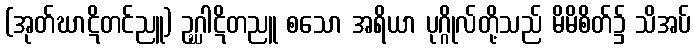
(အုတ်ဃာဋိတင်ညူ) ဥဂ္ဃါဋိတညူ စသော အရိယာ ပုဂ္ဂိုလ်တို့သည် မိမိစိတ်၌ သိအပ်